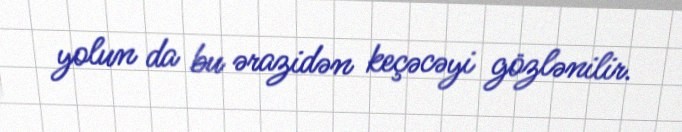
yolun da bu ərazidən keçəcəyi gözlənilir.